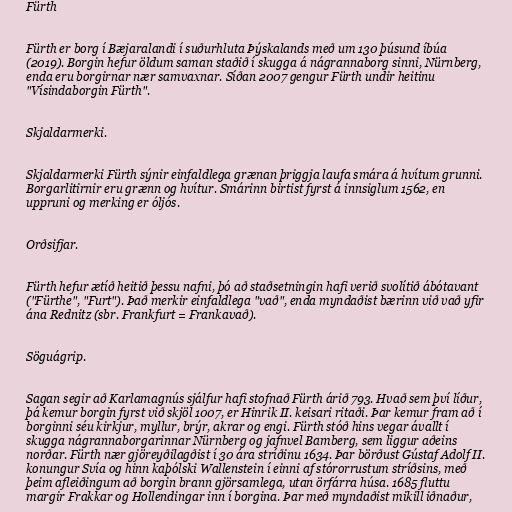
Fürth

Fürth er borg í Bæjaralandi í suðurhluta Þýskalands með um 130 þúsund íbúa
(2019). Borgin hefur öldum saman staðið í skugga á nágrannaborg sinni, Nürnberg,
enda eru borgirnar nær samvaxnar. Síðan 2007 gengur Fürth undir heitinu
"Vísindaborgin Fürth".

Skjaldarmerki.

Skjaldarmerki Fürth sýnir einfaldlega grænan þriggja laufa smára á hvítum grunni.
Borgarlitirnir eru grænn og hvítur. Smárinn birtist fyrst á innsiglum 1562, en
uppruni og merking er óljós.

Orðsifjar.

Fürth hefur ætíð heitið þessu nafni, þó að staðsetningin hafi verið svolítið ábótavant
("Fürthe", "Furt"). Það merkir einfaldlega "vað", enda myndaðist bærinn við vað yfir
ána Rednitz (sbr. Frankfurt = Frankavað).

Söguágrip.

Sagan segir að Karlamagnús sjálfur hafi stofnað Fürth árið 793. Hvað sem því líður,
þá kemur borgin fyrst við skjöl 1007, er Hinrik II. keisari ritaði. Þar kemur fram að í
borginni séu kirkjur, myllur, brýr, akrar og engi. Fürth stóð hins vegar ávallt í
skugga nágrannaborgarinnar Nürnberg og jafnvel Bamberg, sem liggur aðeins
norðar. Fürth nær gjöreyðilagðist í 30 ára stríðinu 1634. Þar börðust Gústaf Adolf II.
konungur Svía og hinn kaþólski Wallenstein í einni af stórorrustum stríðsins, með
þeim afleiðingum að borgin brann gjörsamlega, utan örfárra húsa. 1685 fluttu
margir Frakkar og Hollendingar inn í borgina. Þar með myndaðist mikill iðnaður,